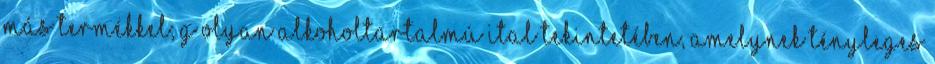
más termékkel; g olyan alkoholtartalmú ital tekintetében, amelynek tényleges